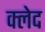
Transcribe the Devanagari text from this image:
क्‍लेद